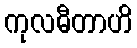
ကုလဓီတာဟိ